Annual administration report of the Civil Veterinary Department of India - 1899-1900
Year: 1899
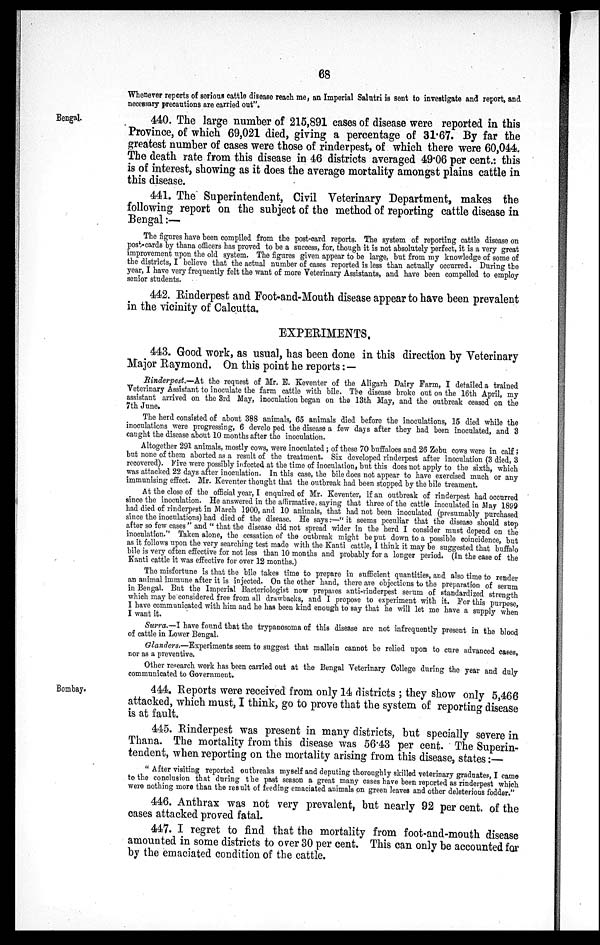
68
Whenever reports of serious cattle disease reach me, an Imperial Salutri is sent to investigate and report, and
necessary precautions are carried out".
Bengal.
440. The large number of 215,891 cases of disease were reported in this
Province, of which 69,021 died, giving a percentage of 31.67. By far the
greatest number of cases were those of rinderpest, of which there were 60,044.
The death rate from this disease in 46 districts averaged 49.06 per cent.: this
is of interest, showing as it does the average mortality amongst plains cattle in
this disease.
441. The Superintendent, Civil Veterinary Department, makes the
following report on the subject of the method of reporting cattle disease in
Bengal :—
The figures have been compiled from the post-card reports. The system of reporting cattle disease on
post-cards by thana officers has proved to be a success, for, though it is not absolutely perfect, it is a very great
improvement upon the old system. The figures given appear to be large, but from my knowledge of some of
the districts, I believe that the actual number of cases reported is less than actually occurred. During the
year, I have very frequently felt the want of more Veterinary Assistants, and have been compelled to employ
senior students.
442. Rinderpest and Foot-and-Mouth disease appear to have been prevalent
in the vicinity of Calcutta.
EXPERIMENTS,
443. Good work, as usual, has been done in this direction by Veterinary
Major Raymond. On this point he reports: —
Rinderpest.— At the request of Mr. E. Keventer of the Aligarh Dairy Farm, I detailed a trained
Veterinary Assistant to inoculate the farm cattle with bile. The disease broke out on the 16th April, my
assistant arrived on the 3rd May, inoculation began on the 13th May, and the outbreak ceased on the
7th June.
The herd consisted of about 388 animals, 65 animals died before the inoculations, 15 died while the
inoculations were progressing, 6 develo ped the disease a few days after they had been inoculated, and 3
caught the disease about 10 months after the inoculation.
Altogether 291 animals, mostly cows, were inoculated; of these 70 buffaloes and 26 Zebu cows were in calf;
but none of them aborted as a result of the treatment. Six developed rinderpest after inoculation (3 died, 3
recovered). Five were possibly infected at the time of inoculation, but this does not apply to the sixth, which
was attacked 22 days after inoculation. In this case, the bile does not appear to have exercised much or any
immunising effect. Mr. Keventer thought that the outbreak had been stopped by the bile treament.
At the close of the official year, I enquired of Mr. Keventer, if an outbreak of rinderpest had occurred
since the inoculation. He answered in the affirmative, saying that three of the cattle inoculated in May 1899
had died of rinderpest in March 1900, and 10 animals, that had not been inoculated (presumably purchased
since the inoculations) had died of the disease. He says:—"it seems peculiar that the disease should stop
after so few cases " and " that the disease did not spread wider in the herd I consider must depend on the
inoculation." Taken alone, the cessation of the outbreak might be put down to a possible coincidence, but
as it follows upon the very searching test made with the Kanti cattle, I think it may be suggested that buffalo
bile is very often effective for not less than 10 months and probably for a longer period. (In the case of the
Kanti cattle it was effective for over 12 months.)
The misfortune is that the bile takes time to prepare in sufficient quantities, and also time to render
an animal immune after it is injected. On the other hand, there are objections to the preparation of serum
in Bengal. But the Imperial Bacteriologist now prepares anti-rinderpest serum of standardized strength
which may be considered free from all drawbacks, and I propose to experiment with it. For this purpose,
I have communicated with him and he has been kind enough to say that he will let me have a supply when
I want it.
Surra.—I have found that the trypanosoma of this disease are not infrequently present in the blood
of cattle in Lower Bengal.
Glanders.—Experiments seem to suggest that mallein cannot be relied upon to cure advanced cases,
nor as a preventive.
Other research work has been carried out at the Bengal Veterinary College during the year and duly
communicated to Government.
Bombay.
444. Reports were received from only 14 districts; they show only 5,466
attacked, which must, I think, go to prove that the system of reporting disease
is at fault.
445. Rinderpest was present in many districts, but specially severe in
Thana. The mortality from this disease was 56.43 per cent. The Superin-
tendent, when reporting on the mortality arising from this disease, states:—
"After visiting reported outbreaks myself and deputing thoroughly skilled veterinary graduates, I came
to the conclusion that during the past season a great many cases have been reported as rinderpest which
were nothing more than the result of feeding emaciated animals on green leaves and other deleterious fodder."
446. Anthrax was not very prevalent, but nearly 92 per cent. of the
cases attacked proved fatal.
447. I regret to find that the mortality from foot-and-mouth disease
amounted in some districts to over 30 per cent. This can only be accounted for
by the emaciated condition of the cattle.